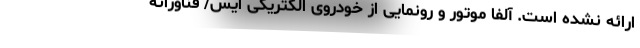
ارائه نشده است. آلفا موتور و رونمایی از خودروی الکتریکی اِیس/ فناورانه